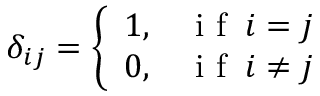
\delta _ { i j } = \left\{ \begin{array} { l l } { 1 , } & { \mathrm { ~ i ~ f ~ } \: i = j } \\ { 0 , } & { \mathrm { ~ i ~ f ~ } \: i \neq j } \end{array} \right.